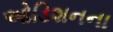
ઓડિશનના